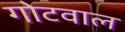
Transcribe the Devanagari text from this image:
गोटवाल